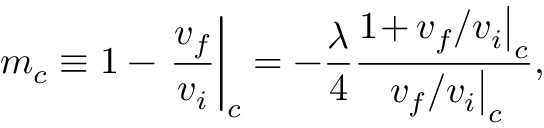
m _ { c } \equiv 1 - \left. \frac { v _ { f } } { v _ { i } } \right| _ { c } = - \frac { \lambda } { 4 } \frac { 1 \! + \! \left. v _ { f } / v _ { i } \right| _ { c } } { \left. v _ { f } / v _ { i } \right| _ { c } } ,